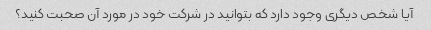
آیا شخص دیگری وجود دارد که بتوانید در شرکت خود در مورد آن صحبت کنید؟